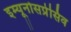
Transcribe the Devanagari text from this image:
इम्यूनोसप्रेसिव